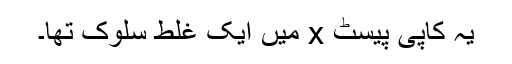
یہ کاپی پیسٹ x میں ایک غلط سلوک تھا۔